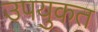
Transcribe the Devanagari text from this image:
उपयुकत